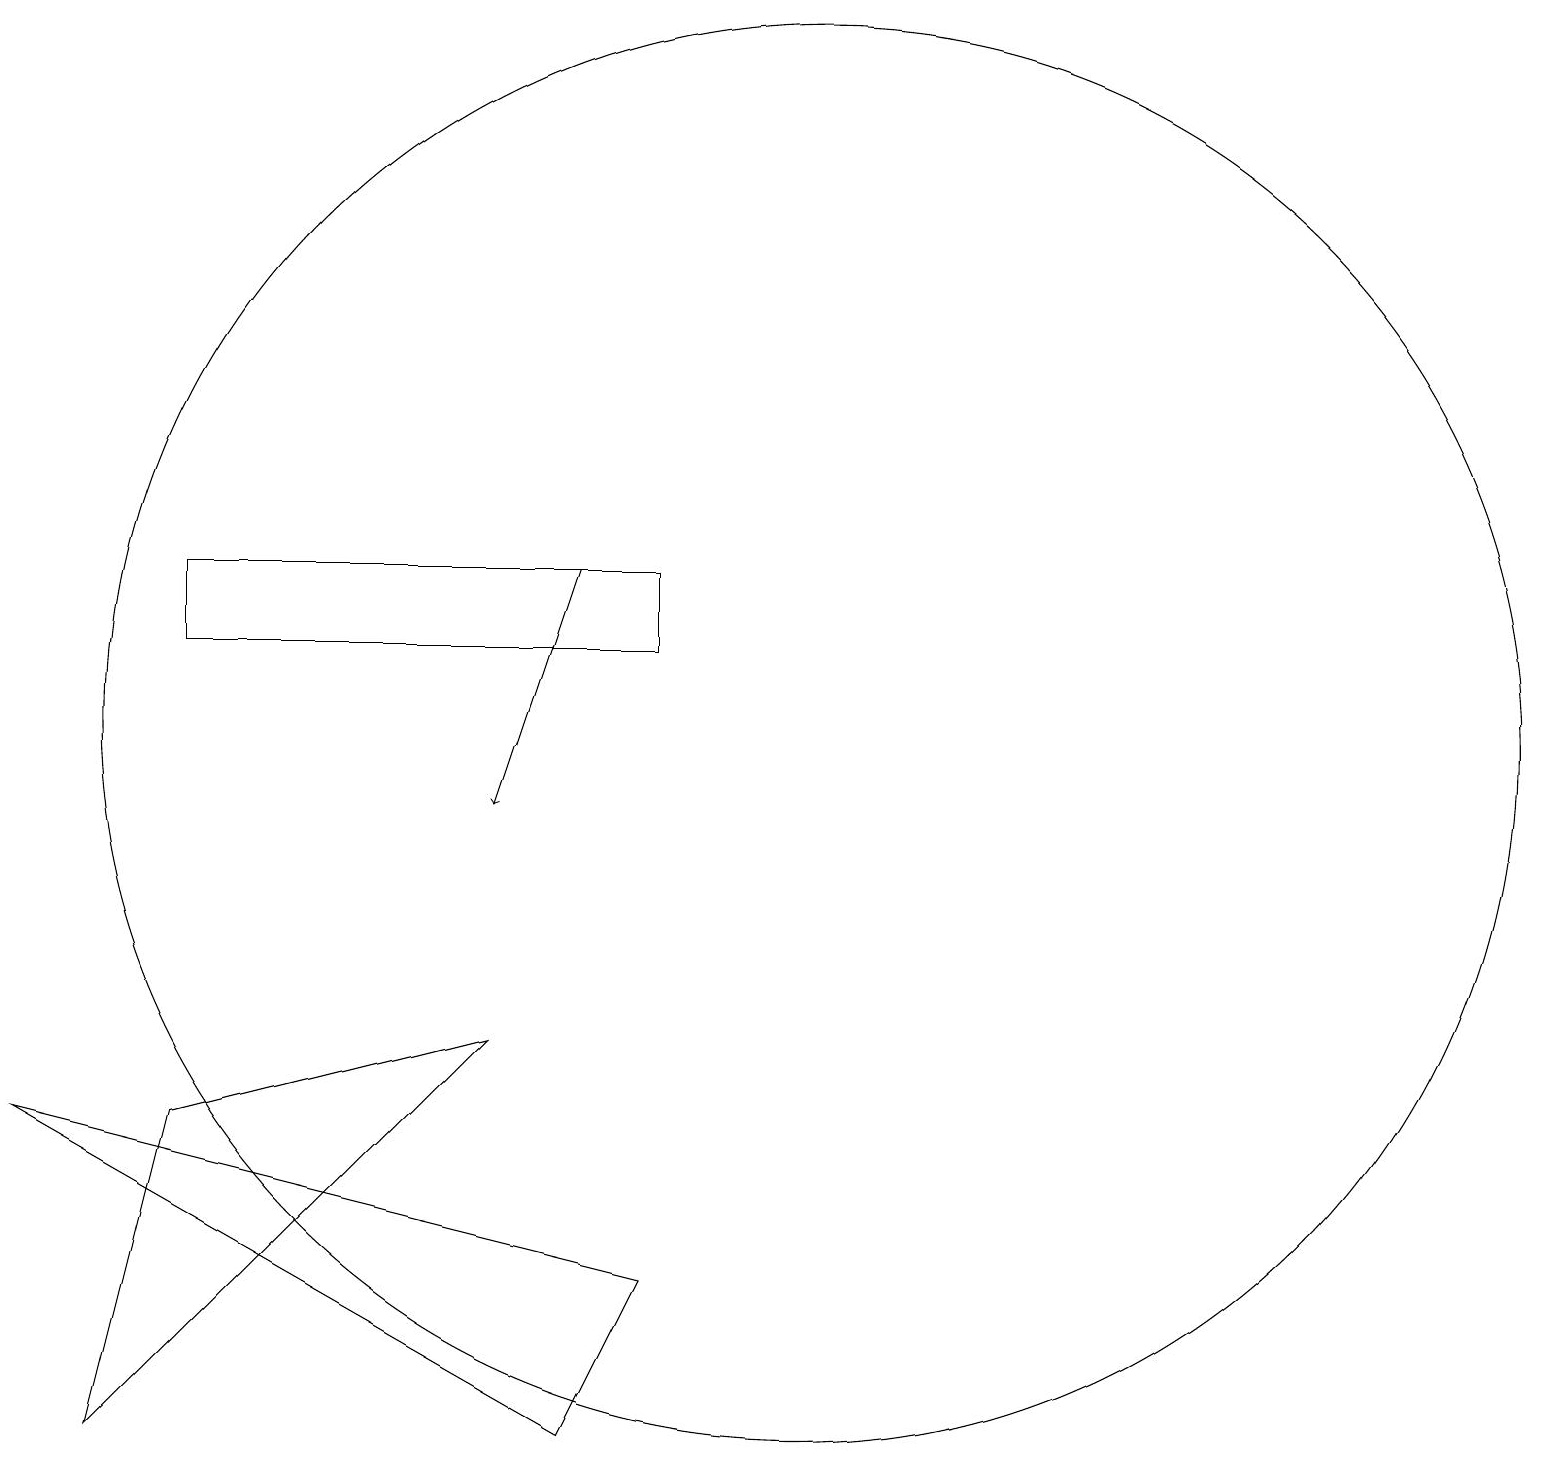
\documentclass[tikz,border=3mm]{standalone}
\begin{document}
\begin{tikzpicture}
\draw (1,7) -- (8,3) -- (9,5) -- cycle;
\draw (9,13) rectangle (3,14);
\draw (3,7) -- (7,8) -- (2,3) -- cycle;
\draw[->] (8,14) -- (7,11);
\draw (11,12) circle (9);
\draw (11,10) circle (0);
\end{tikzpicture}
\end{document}